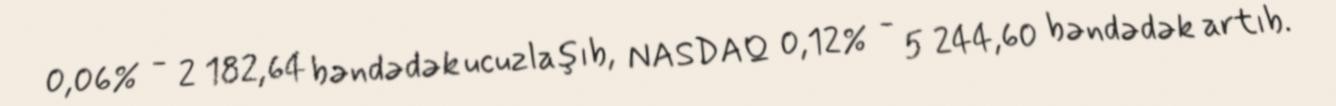
0,06% - 2 182,64 bəndədək ucuzlaşıb, NASDAQ 0,12% - 5 244,60 bəndədək artıb.